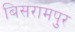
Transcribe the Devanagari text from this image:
बिसरामपुर